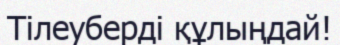
Тілеуберді құлыңдай!